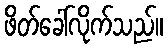
ဖိတ်ခေါ်လိုက်သည်။